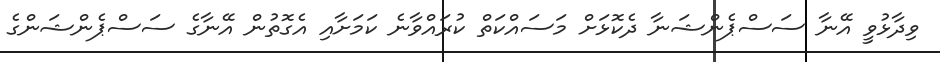
ވިދާޅުވީ އޭނާ ސަސްޕެންޝަނާ ދެކޮޅަށް މަސައްކަތް ކުރައްވާނެ ކަމަށާއި އެގޮތުން އޭނާގެ ސަސްޕެންޝަންގެ